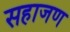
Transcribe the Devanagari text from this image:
सहाजण